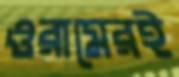
ওরামেরই